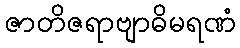
ဇာတိဇရာဗျာဓိမရဏံ